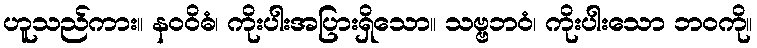
ဟူသည်ကား။ နဝဝိဓံ၊ ကိုးပါးအပြားရှိသော။ သဗ္ဗဘဝံ၊ ကိုးပါးသော ဘဝကို။